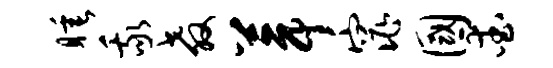
睡我教葺窕国爱